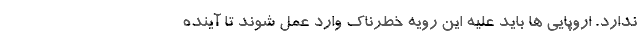
ندارد. اروپایی ها باید علیه این رویه خطرناک وارد عمل شوند تا آینده